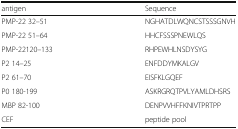
<table><thead><tr><td><b>antigen</b></td><td><b>Sequence</b></td></tr></thead><tbody><tr><td>PMP-22 32–51</td><td>NGHATDLWQNCSTSSSGNVH</td></tr><tr><td>PMP-22 51–64</td><td>HHCFSSSPNEWLQS</td></tr><tr><td>PMP-22120–133</td><td>RHPEWHLNSDYSYG</td></tr><tr><td>P2 14–25</td><td>ENFDDYMKALGV</td></tr><tr><td>P2 61–70</td><td>EISFKLGQEF</td></tr><tr><td>P0 180-199</td><td>ASKRGRQTPVLYAMLDHSRS</td></tr><tr><td>MBP 82-100</td><td>DENPVVHFFKNIVTPRTPP</td></tr><tr><td>CEF</td><td>peptide pool</td></tr></tbody></table>